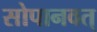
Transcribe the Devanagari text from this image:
सोपानवत्‌